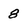
Character: 8